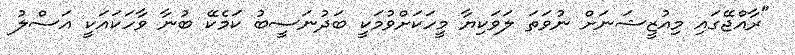
"ރާއްޖޭގައި މިއުޒީޝަނަށް ނުވަތަ ލަވަކިޔާ މީހަކަށްވުމަކީ ބަދުނަސީބު ކަމެކޭ ބުނާ ވާހަކައަކީ އަސްލު